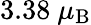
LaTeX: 3.38~\mu_{\mathrm{B}}